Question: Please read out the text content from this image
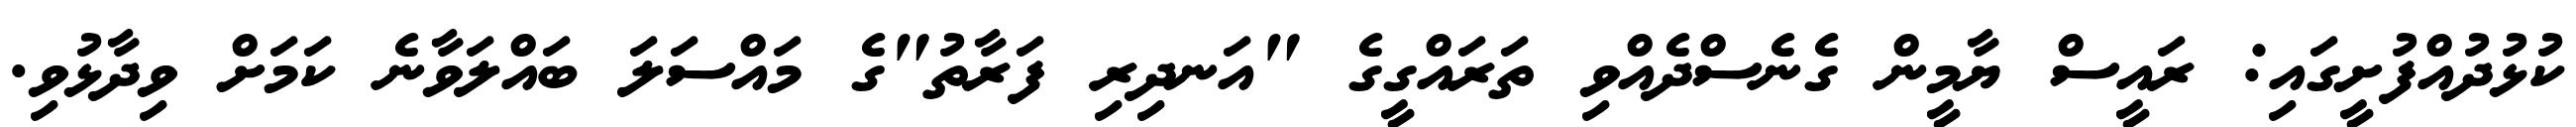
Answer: ކުޅުދުއްފުށީގައި: ރައީސް ޔާމީން ގެނެސްދެއްވި ތަރައްގީގެ "އަނދިރި ފަރާތު"ގެ މައްސަލަ ބައްލަވާނެ ކަމަށް ވިދާޅުވި.